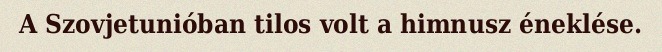
A Szovjetunióban tilos volt a himnusz éneklése.